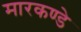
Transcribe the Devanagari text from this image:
मारकण्डे